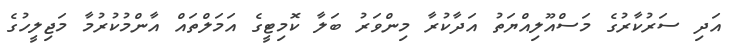
އަދި ސަރުކާރުގެ މަސްއޫލިއްޔަތު އަދާކުރާ މިންވަރު ބަލާ ކޮމިޓީގެ އަމަލްތައް އާންމުކުރުމާ މަޖިލީހުގެ